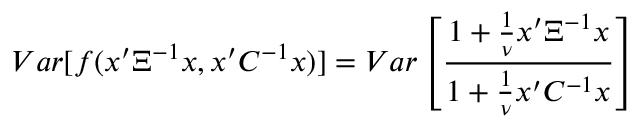
V a r [ f ( x ^ { \prime } \Xi ^ { - 1 } x , x ^ { \prime } C ^ { - 1 } x ) ] = V a r \left[ \frac { 1 + \frac { 1 } { \nu } x ^ { \prime } \Xi ^ { - 1 } x } { 1 + \frac { 1 } { \nu } x ^ { \prime } C ^ { - 1 } x } \right]